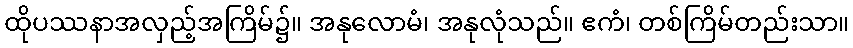
ထိုပဿနာအလှည့်အကြိမ်၌။ အနုလောမံ၊ အနုလုံသည်။ ဧကံ၊ တစ်ကြိမ်တည်းသာ။